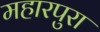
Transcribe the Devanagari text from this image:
महारपुरा